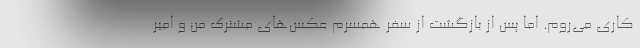
کاری می‌روم. اما پس از بازگشت از سفر همسرم عکس‌های مشترک من و امیر